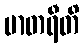
မာတရီတိ